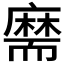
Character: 𦓡